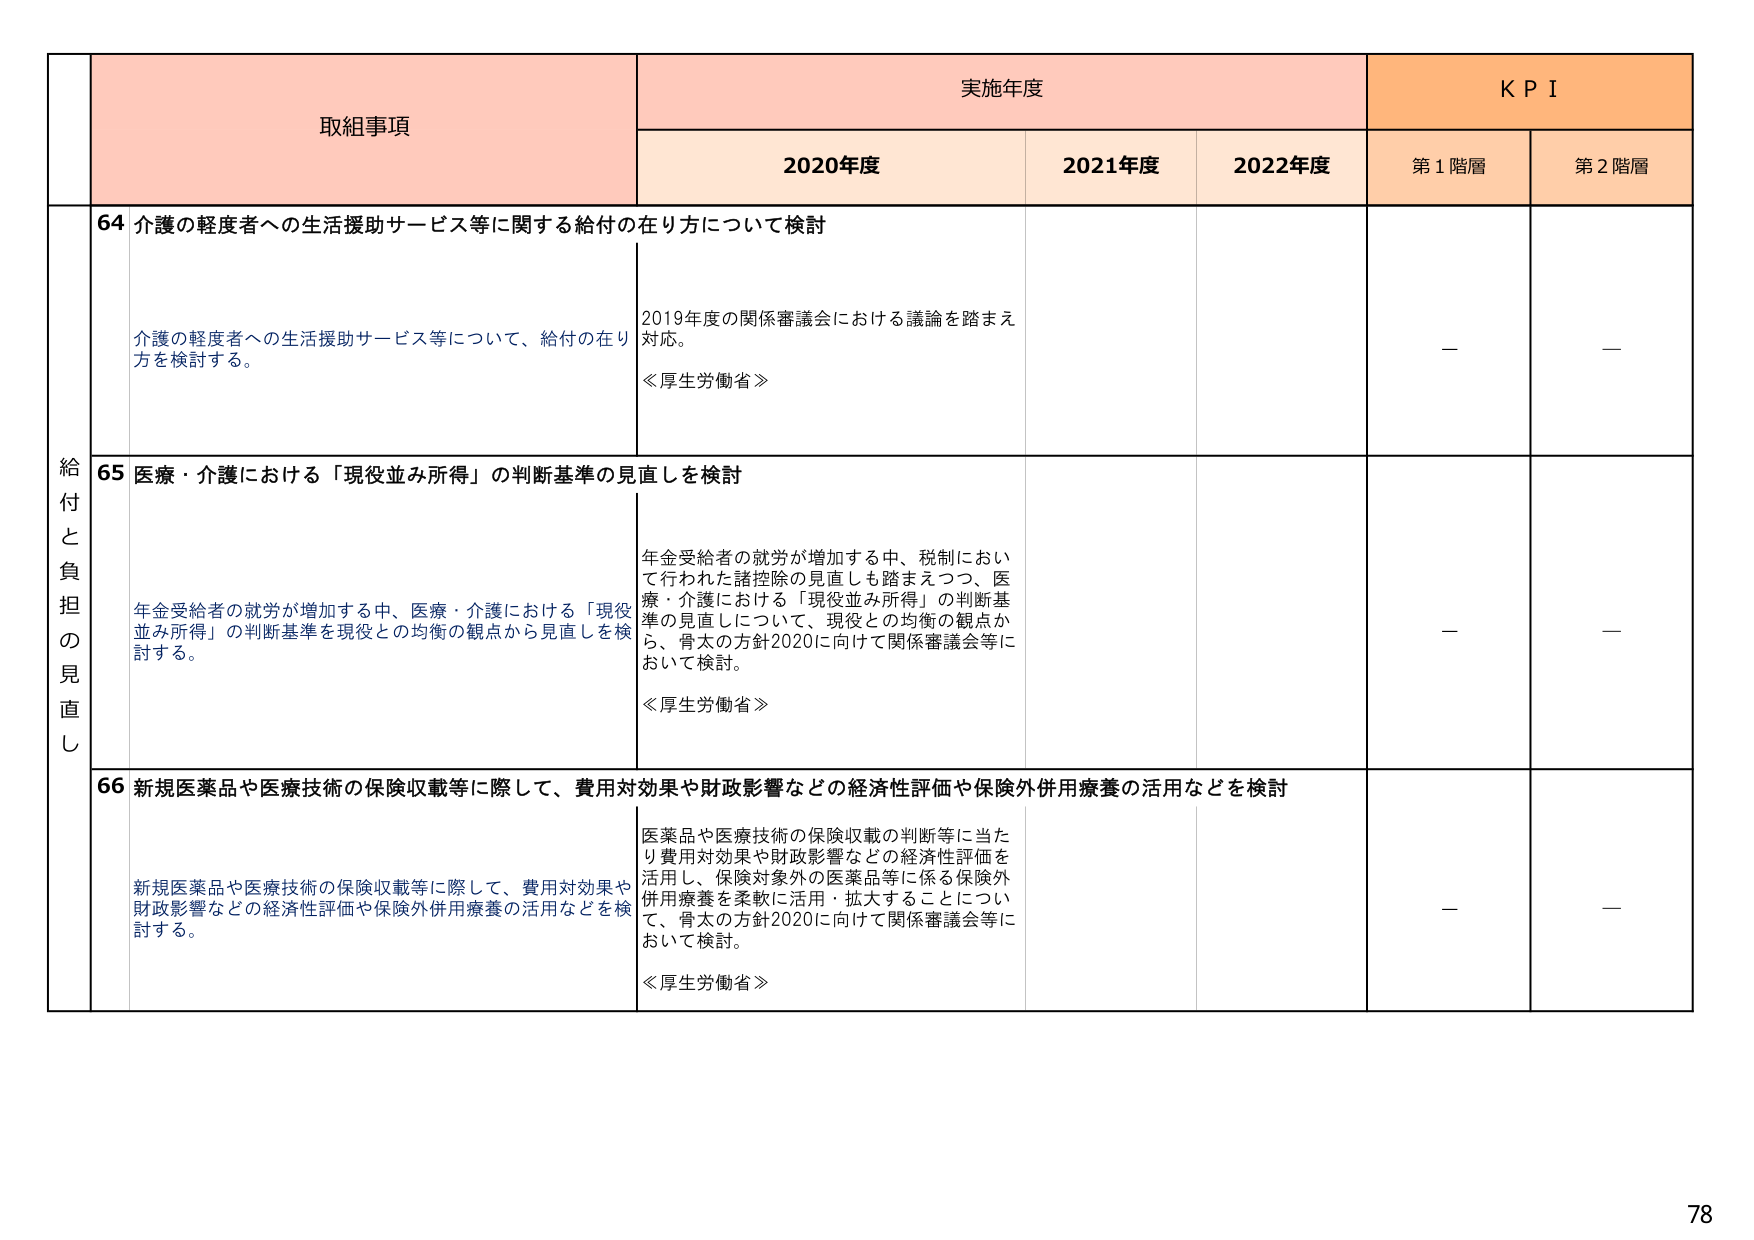
取組事項
実施年度
K P I
2020年度
2021年度
2022年度
第1階層
第2階層
給付と負担の見直し
64 介護の軽度者への生活援助サービス等に関する給付の在り方について検討
介護の軽度者への生活援助サービス等について、給付の在り方を検討する。
2019年度の関係審議会における議論を踏まえ対応。
≪厚生労働省≫
－
－
65 医療・介護における「現役並み所得」の判断基準の見直しを検討
年金受給者の就労が増加する中、医療・介護における「現役並み所得」の判断基準を現役との均衡の観点から見直しを検討する。
年金受給者の就労が増加する中、税制において行われた諸控除の見直しも踏まえつつ、医療・介護における「現役並み所得」の判断基準の見直しについて、現役との均衡の観点から、骨太の方針2020に向けて関係審議会等において検討。
≪厚生労働省≫
－
－
66 新規医薬品や医療技術の保険収載等に際して、費用対効果や財政影響などの経済性評価や保険外併用療養の活用などを検討
新規医薬品や医療技術の保険収載等に際して、費用対効果や財政影響などの経済性評価や保険外併用療養の活用などを検討する。
医薬品や医療技術の保険収載の判断等に当たり費用対効果や財政影響などの経済性評価を活用し、保険対象外の医薬品等に係る保険外併用療養を柔軟に活用・拡大することについて、骨太の方針2020に向けて関係審議会等において検討。
≪厚生労働省≫
－
－
78